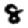
Digit: 8